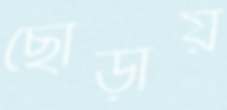
ছোড়ায়